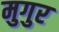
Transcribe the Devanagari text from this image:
मुगुर